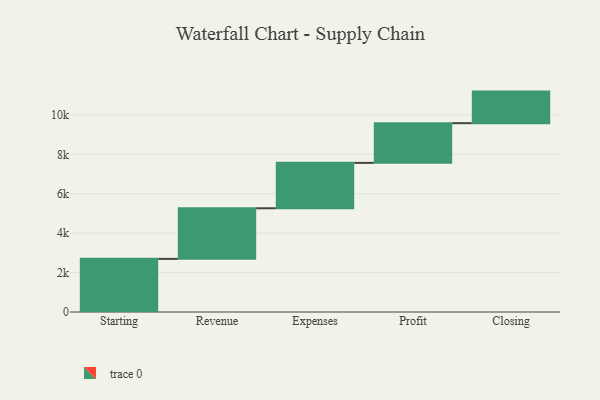
{"axis": {"x": "Step", "y": "Value"}, "legend": [""], "data": [{"x": "Starting", "y": 2696.0, "type": ""}, {"x": "Revenue", "y": 2567.0, "type": ""}, {"x": "Expenses", "y": 2304.0, "type": ""}, {"x": "Profit", "y": 2014.0, "type": ""}, {"x": "Closing", "y": 1602.0, "type": ""}]}